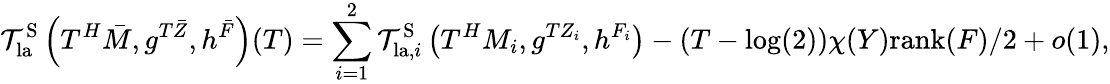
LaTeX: \mathcal{T}_{\mathrm{la}}^{\mathrm{S}}\left(T^{H}\bar{M},g^{T{\bar{Z}}},h^{\bar{F}}\right)(T)=\sum_{i=1}^{2}\mathcal{T}_{\mathrm{la},i}^{\mathrm{S}}\left(T^{H}M_{i},g^{TZ_{i}},h^{F_{i}}\right)-(T-\log(2))\chi(Y)\mathrm{rank}(F)/2+o(1),